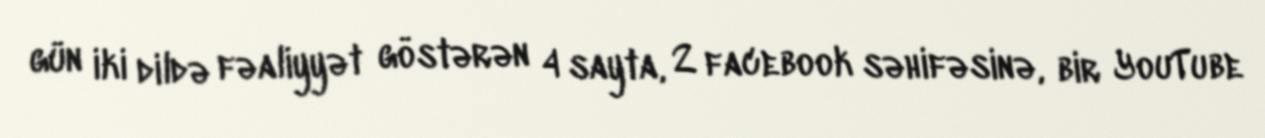
gün iki dildə fəaliyyət göstərən 4 sayta, 2 facebook səhifəsinə, bir YouTube